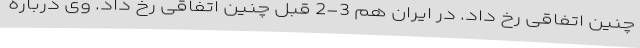
چنین اتفاقی رخ داد. در ایران هم 3-2 قبل چنین اتفاقی رخ داد. وی درباره